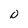
Character: D